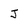
Character: J